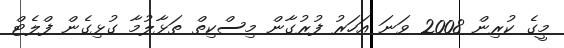
މީގެ ކުރިން 2008 ވަނަ އަހަރު ފުރުގާން މިސްކިތް ތަޅާލުމާ ގުޅިގެން ފްލެޓް